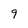
Character: 9